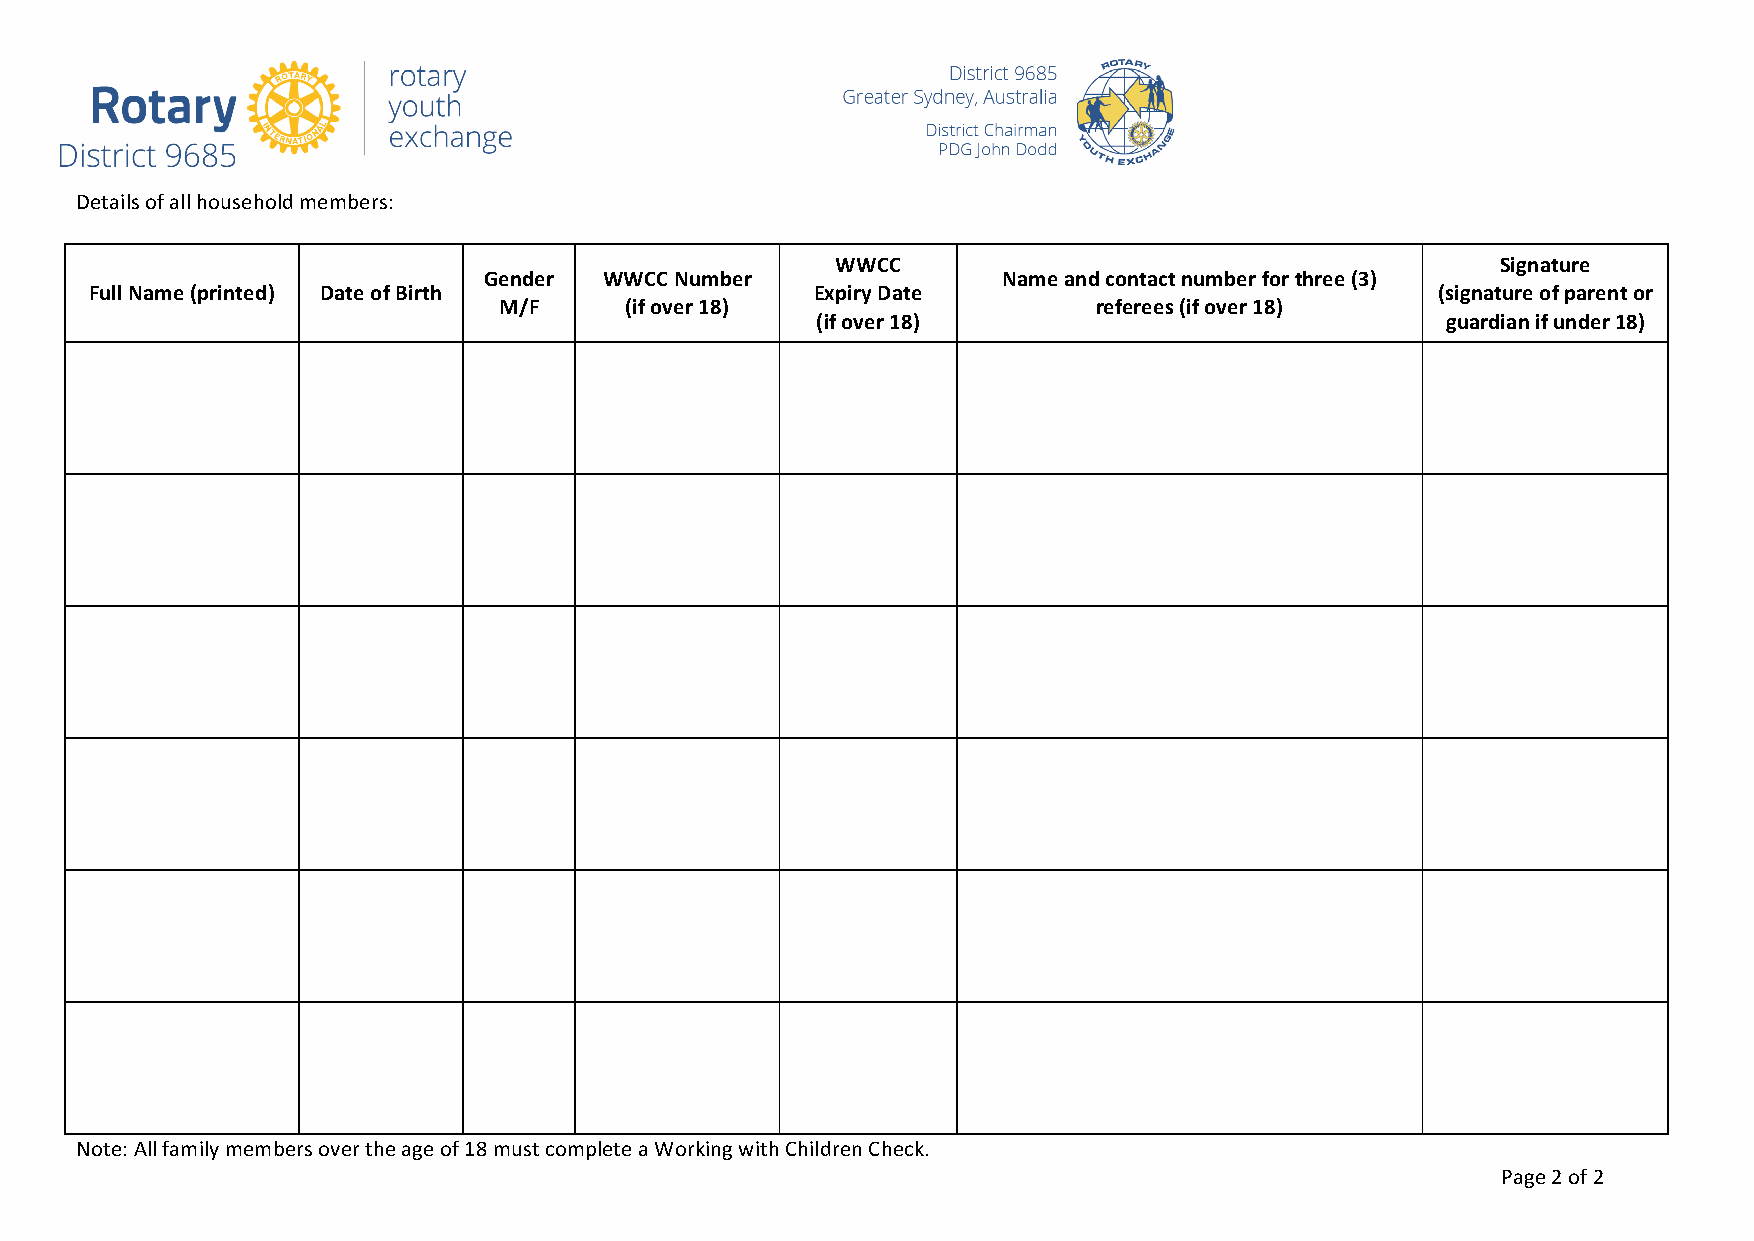
Details of all household members:
 WWCC                                        Signature
 Gender  WWCC Number               Name and contact number for three (3)
 Full Name (printed) Date of Birth               Expiry Date                              (signature of parent or
 M/F     (if over 18)                    referees (if over 18)
 (if over 18)                              guardian if under 18)
 Note: All family members over the age of 18 must complete a Working with Children Check.
 Page 2 of 2